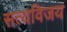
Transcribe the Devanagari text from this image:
सत्यविजय